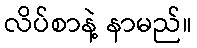
လိပ်စာနဲ့ နာမည်။